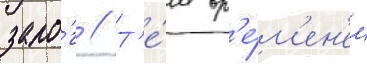
зало́г // Т'е́м вр'е́м'ен'ем